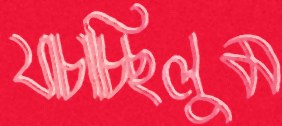
যাচাচ্ছিলুম